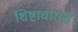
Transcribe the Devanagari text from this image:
शिष्टाचाराचे